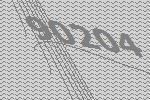
90204